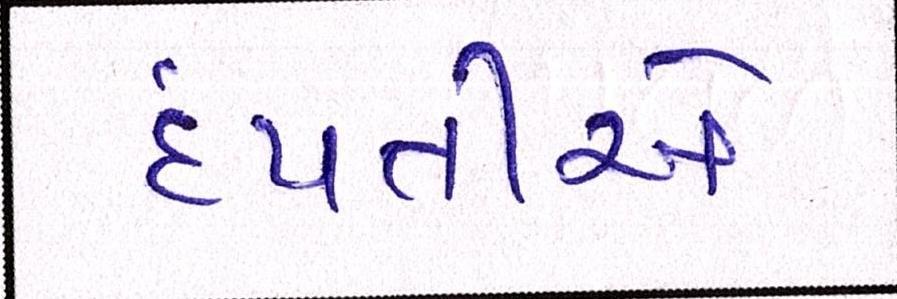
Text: દંપતીએ